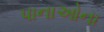
પાનાઓના